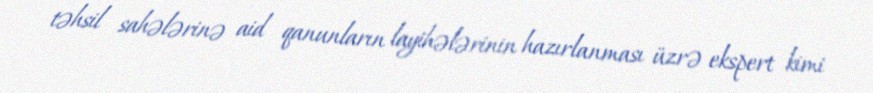
təhsil sahələrinə aid qanunların layihələrinin hazırlanması üzrə ekspert kimi